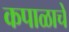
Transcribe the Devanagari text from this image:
कपाळाचे